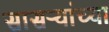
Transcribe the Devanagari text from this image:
सासऱ्यांच्या